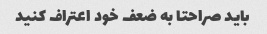
باید صراحتا به ضعف خود اعتراف کنید